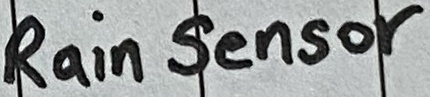
Text: Rain Sensor